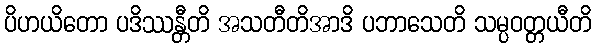
ပိဟယိတော ပဒိဿန္တီတိ အသတီတိအာဒိ ပဘာသေတိ သမ္ပဝတ္တယီတိ